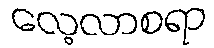
လေ့လာစရာ